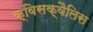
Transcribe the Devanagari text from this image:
क्विसक्वैलिस